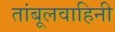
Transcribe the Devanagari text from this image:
तांबूलवाहिनी